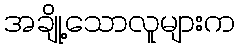
အချို့သောလူများက